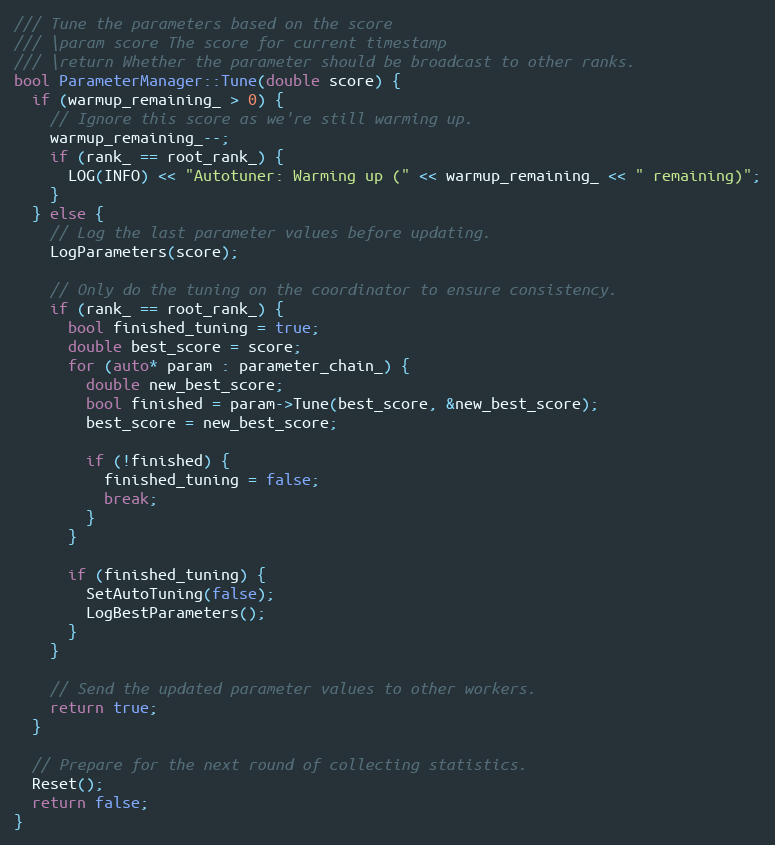
Language: C++
/// Tune the parameters based on the score
/// \param score The score for current timestamp
/// \return Whether the parameter should be broadcast to other ranks.
bool ParameterManager::Tune(double score) {
  if (warmup_remaining_ > 0) {
    // Ignore this score as we're still warming up.
    warmup_remaining_--;
    if (rank_ == root_rank_) {
      LOG(INFO) << "Autotuner: Warming up (" << warmup_remaining_ << " remaining)";
    }
  } else {
    // Log the last parameter values before updating.
    LogParameters(score);

    // Only do the tuning on the coordinator to ensure consistency.
    if (rank_ == root_rank_) {
      bool finished_tuning = true;
      double best_score = score;
      for (auto* param : parameter_chain_) {
        double new_best_score;
        bool finished = param->Tune(best_score, &new_best_score);
        best_score = new_best_score;

        if (!finished) {
          finished_tuning = false;
          break;
        }
      }

      if (finished_tuning) {
        SetAutoTuning(false);
        LogBestParameters();
      }
    }

    // Send the updated parameter values to other workers.
    return true;
  }

  // Prepare for the next round of collecting statistics.
  Reset();
  return false;
}